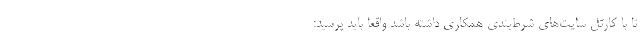
تا با کارتل سایت‌های شرط‌بندی همکاری داشته باشد واقعا باید پرسید: